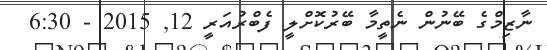
ނާޒިމްގެ ބޭނުން ނެތީމާ ބޭރުކޮށްލީ ފެބްރުއަރީ 12